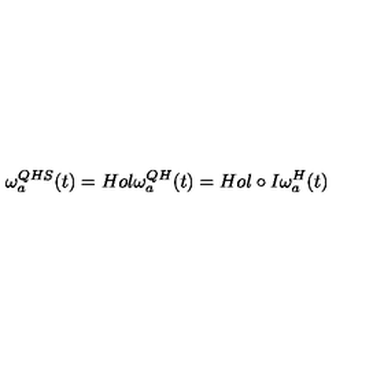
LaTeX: \omega _ { a } ^ { Q H S } ( t ) = H o l \omega _ { a } ^ { Q H } ( t ) = H o l \circ I \omega _ { a } ^ { H } ( t )